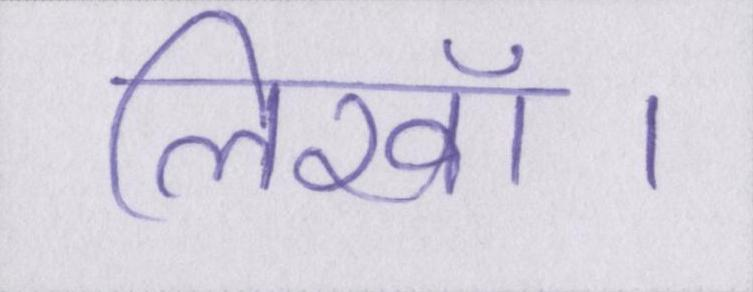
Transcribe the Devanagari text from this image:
लिखॉ।